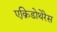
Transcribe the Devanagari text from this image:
एक्रिडोथेरेस